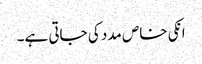
انکی خاص مدد کی جاتی ہے۔